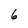
Character: 6